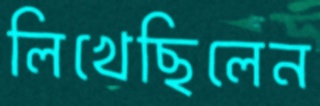
লিখেছিলেন